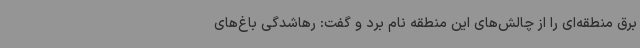
برق منطقه‌ای را از چالش‌های این منطقه نام برد و گفت: رهاشدگی باغ‌های